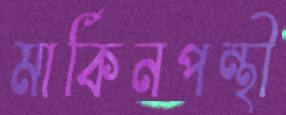
মার্কিনপন্থী